Vaccination United Provinces of Agra and Oudh 1923-1928 - 1923-1928
Year: 1923
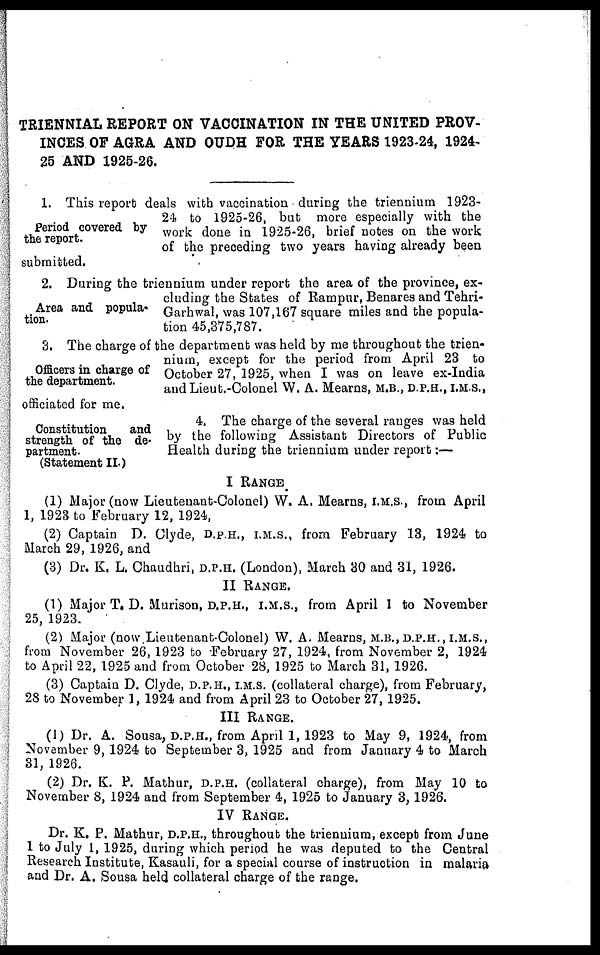
TRIENNIAL REPORT ON VACCINATION IN THE UNITED PROV-
INCES OF AGRA AND OUDH FOR THE YEARS 1923-24, 1924.
25 AND 1925-26.
Period covered by
the report.
1. This report deals with vaccination during the triennium 1923-
24 to 1925-26, but more especially with the
work done in 1925-26, brief notes on the work
of the preceding two years having already been
submitted.
Area and popula¬
tion.
2. During the triennium under report the area of the province, ex-
cluding the States of Rampur, Benares and Tehri¬
Garhwal, was 107,167 square miles and the popula-
tion 45,375,787.
Officers in charge of
the department.
3. The charge of the department was held by me throughout the trien-
nium, except for the period from April 23 to
October 27, 1925, when I was on leave ex-India
and Lieut.-Colonel W. A. Mearns, M.B., D.P.H., I.M.S.,
officiated for me.
Constitution
and
strength of the de-
partment.
(Statement II.)
4. The charge of the several ranges was held
by the following Assistant Directors of Public
Health during the triennium under report:—
I RANGE
(1) Major (now Lieutenant-Colonel) W. A. Mearns, I.M.S., from April
1, 1923 to February 12, 1924,
(2) Captain D. Clyde, D.P.H., I.M.S., from February 13, 1924 to
March 29, 1926, and
(3) Dr. K. L. Chaudhri, D.P.H. (London), March 30 and 31, 1926.
II RANGE.
(1) Major T. D. Murison, D.P.H., I.M.S., from April 1 to November
25, 1923.
(2) Major (now.Lieutenant-Colonel) W. A. Mearns, M.B., D.P.H., I.M.S.,
from November 26, 1923 to February 27, 1924, from November 2, 1924
to April 22, 1925 and from October 28, 1925 to March 31, 1926.
(3) Captain D. Clyde, D.P.H., I.M.S. (collateral charge), from February,
28 to November 1, 1924 and from April 23 to October 27, 1925.
III RANGE.
(1) Dr. A. Sousa, D.P.H., from April 1,1923 to May 9, 1924, from
November 9, 1924 to September 3, 1925 and from January 4 to March
31, 1926.
(2) Dr. K. P. Mathur, D.P.H. (collateral charge), from May 10 to
November 8, 1924 and from September 4, 1925 to January 3, 1926.
IV RANGE.
Dr. K. P. Mathur, D.P.H., throughout the triennium, except from June
1 to July 1, 1925, during which period he was deputed to the Central
Research Institute, Kasauli, for a special course of instruction in malaria
and Dr. A. Sousa held collateral charge of the range.